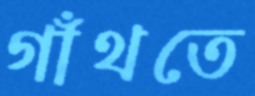
গাঁথতে